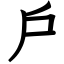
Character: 戶